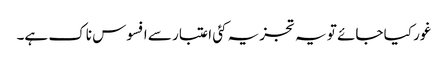
غور کیا جائے تو یہ تجزیہ کئی اعتبار سے افسوس ناک ہے۔